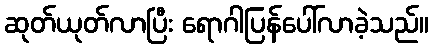
ဆုတ်ယုတ်လာပြီး ရောဂါပြန်ပေါ်လာခဲ့သည်။